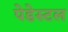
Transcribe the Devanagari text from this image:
पेडेस्टल